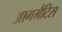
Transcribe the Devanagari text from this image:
आगमैंटिस